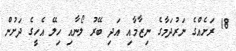
18 ރަށެއްގެ ނަރުދަމާގެ ނިޒާމާއި އަދި ބޭރު ލޯނާއި ހިލޭ އެހީގެ ދަށުން